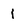
Character: i